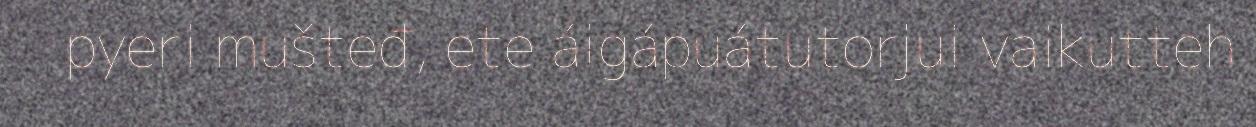
pyeri mušteđ, ete áigápuátutorjui vaikutteh